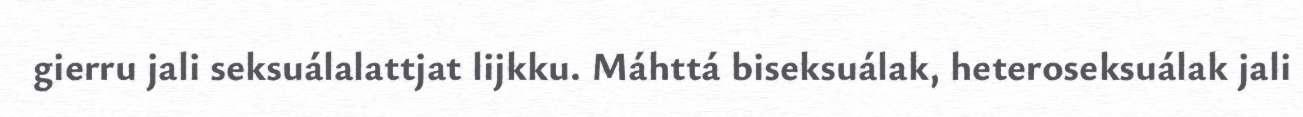
gierru jali seksuálalattjat lijkku. Máhttá biseksuálak, heteroseksuálak jali